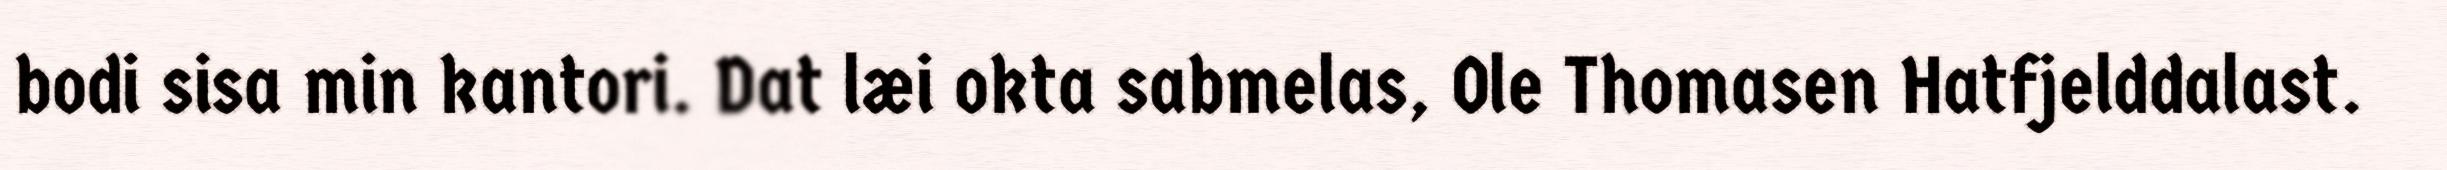
bodi sisa min kantori. Dat læi okta sabmelas, Ole Thomasen Hatfjelddalast.